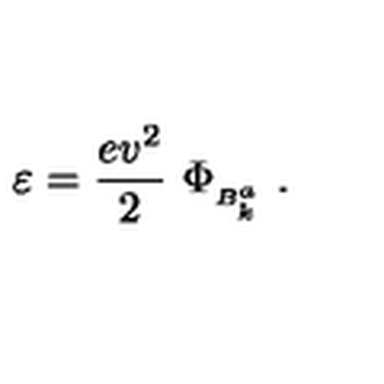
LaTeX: \varepsilon = \frac { e v ^ { 2 } } { 2 } \ \Phi _ { { } _ { B _ { k } ^ { a } } } \ .